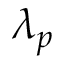
\lambda _ { p }